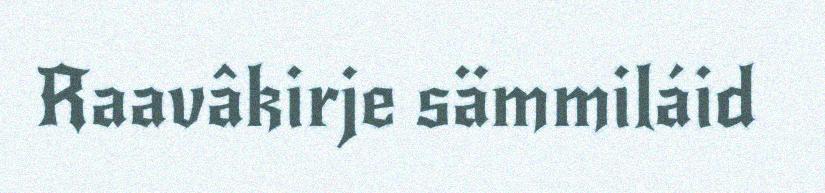
Raavâkirje sämmiláid